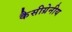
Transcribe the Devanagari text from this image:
कैसीग्रेनीय